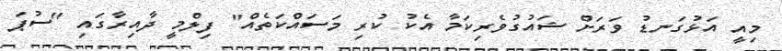
މިއީ އަޅުގަނޑު ވަރަށް ޝައުގުވެރިކަމާ އެކު ކުރި މަސައްކަތެއް" ފިލްމީ ދާއިރާގައި "ސުޕަ